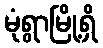
မုံရွာမြို့ရှိ